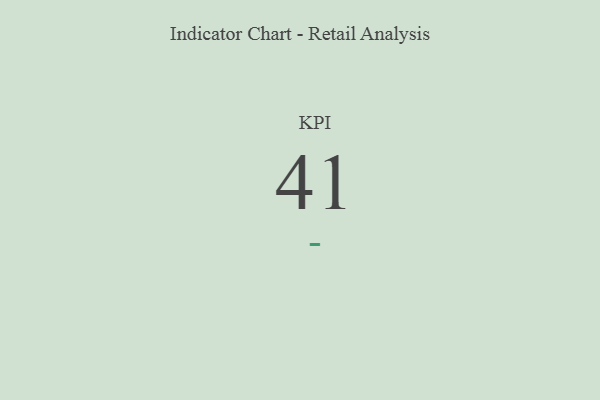
{"axis": {"x": "KPI", "y": "Value"}, "legend": [""], "data": [{"x": "KPI", "y": 41, "type": ""}]}